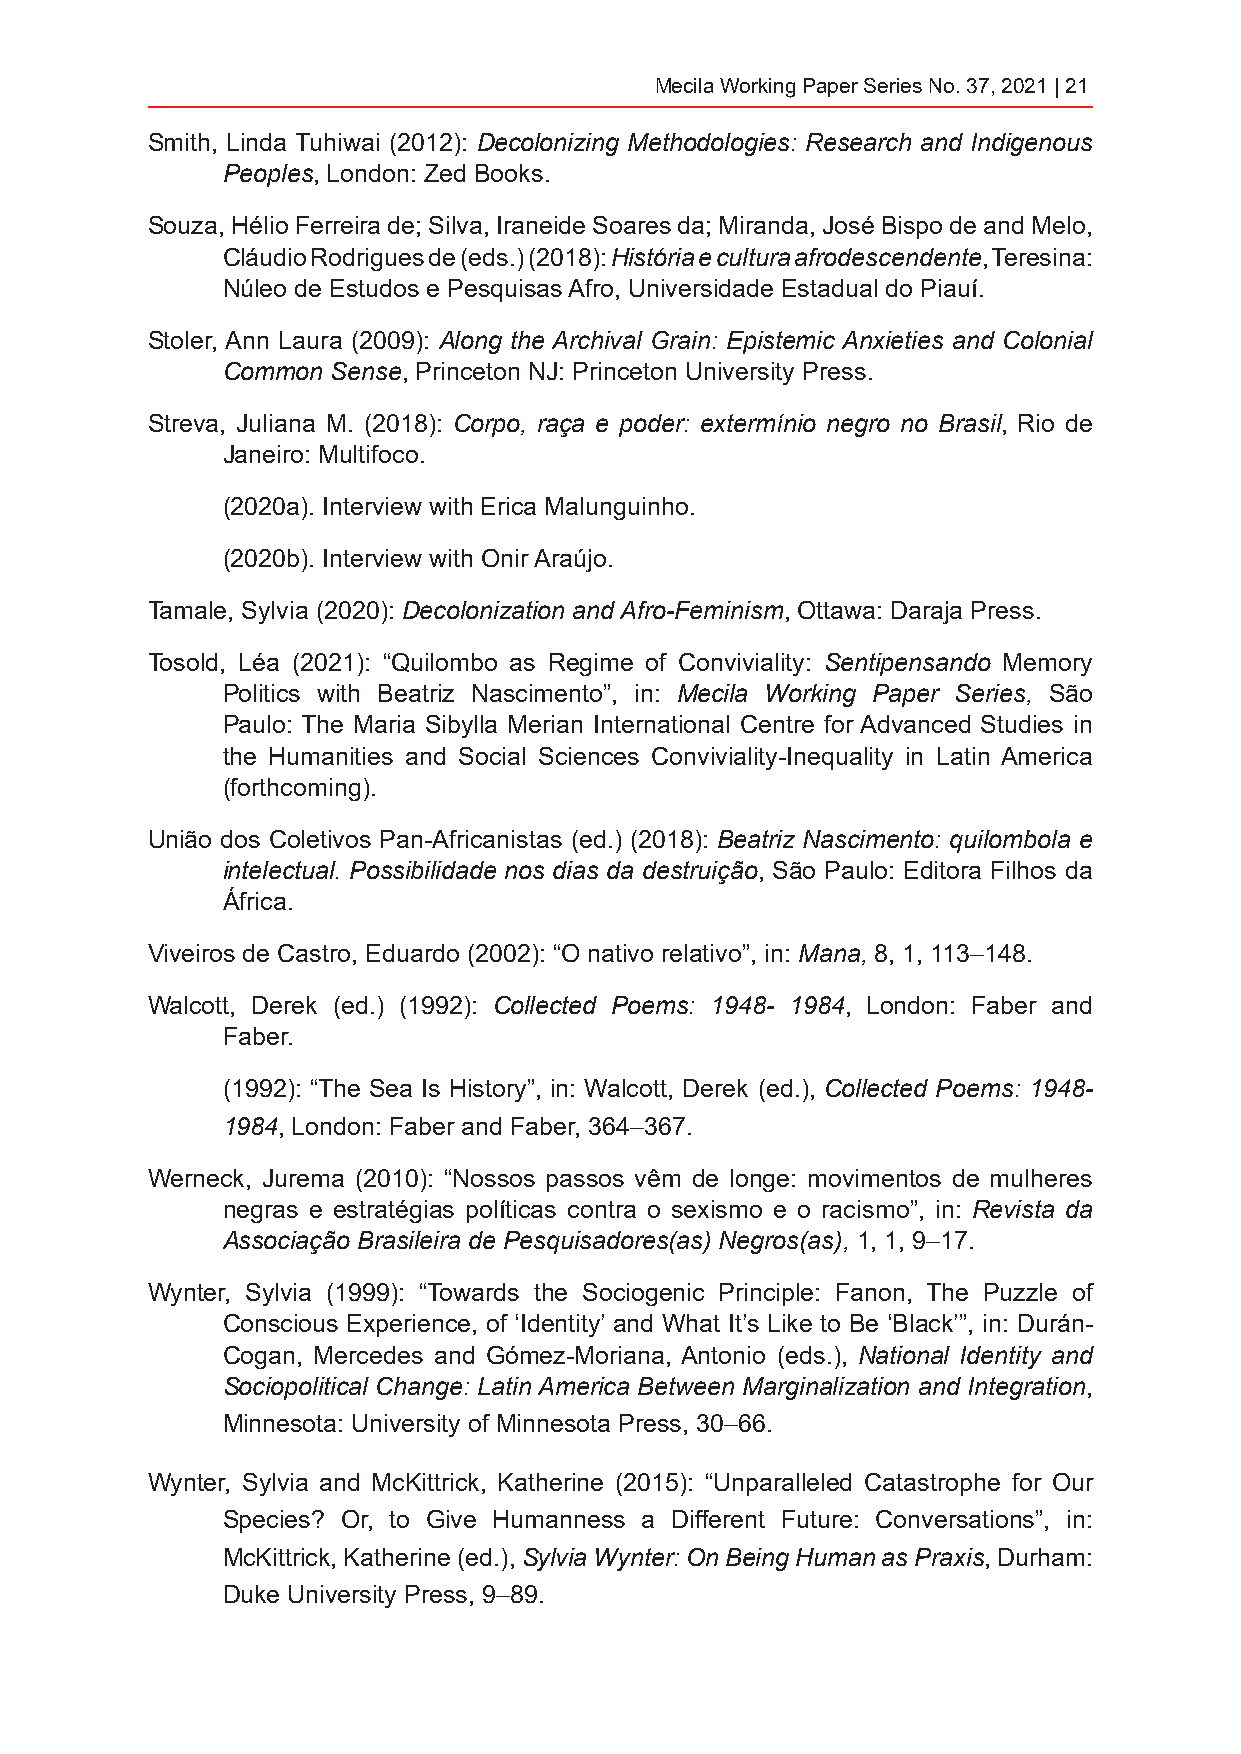
Mecila Working Paper Series No. 37, 2021 | 21
 Smith, Linda Tuhiwai (2012): Decolonizing Methodologies: Research and Indigenous
 Peoples, London: Zed Books.
 Souza, Hélio Ferreira de; Silva, Iraneide Soares da; Miranda, José Bispo de and Melo,
 Cláudio Rodrigues de (eds.) (2018): História e cultura afrodescendente, Teresina:
 Núleo de Estudos e Pesquisas Afro, Universidade Estadual do Piauí.
 Stoler, Ann Laura (2009): Along the Archival Grain: Epistemic Anxieties and Colonial
 Common Sense, Princeton NJ: Princeton University Press.
 Streva, Juliana M. (2018): Corpo, raça e poder: extermínio negro no Brasil, Rio de
 Janeiro: Multifoco.
 (2020a). Interview with Erica Malunguinho.
 (2020b). Interview with Onir Araújo.
 Tamale, Sylvia (2020): Decolonization and Afro-Feminism, Ottawa: Daraja Press.
 Tosold, Léa (2021): “Quilombo as Regime of Conviviality: Sentipensando Memory
 Politics with Beatriz Nascimento”, in: Mecila Working Paper Series, São
 Paulo: The Maria Sibylla Merian International Centre for Advanced Studies in
 the Humanities and Social Sciences Conviviality-Inequality in Latin America
 (forthcoming).
 União dos Coletivos Pan-Africanistas (ed.) (2018): Beatriz Nascimento: quilombola e
 intelectual. Possibilidade nos dias da destruição, São Paulo: Editora Filhos da
 África.
 Viveiros de Castro, Eduardo (2002): “O nativo relativo”, in: Mana, 8, 1, 113–148.
 Walcott, Derek (ed.) (1992): Collected Poems: 1948- 1984, London: Faber and
 Faber.
 (1992): “The Sea Is History”, in: Walcott, Derek (ed.), Collected Poems: 1948-
 1984, London: Faber and Faber, 364–367.
 Werneck, Jurema (2010): “Nossos passos vêm de longe: movimentos de mulheres
 negras e estratégias políticas contra o sexismo e o racismo”, in: Revista da
 Associação Brasileira de Pesquisadores(as) Negros(as), 1, 1, 9–17.
 Wynter, Sylvia (1999): “Towards the Sociogenic Principle: Fanon, The Puzzle of
 Conscious Experience, of ‘Identity’ and What It’s Like to Be ‘Black’”, in: Durán-
 Cogan, Mercedes and Gómez-Moriana, Antonio (eds.), National Identity and
 Sociopolitical Change: Latin America Between Marginalization and Integration,
 Minnesota: University of Minnesota Press, 30–66.
 Wynter, Sylvia and McKittrick, Katherine (2015): “Unparalleled Catastrophe for Our
 Species? Or, to Give Humanness a Different Future: Conversations”, in:
 McKittrick, Katherine (ed.), Sylvia Wynter: On Being Human as Praxis, Durham:
 Duke University Press, 9–89.